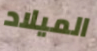
الميلاد